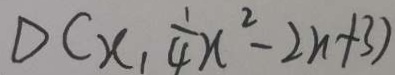
D C x , \frac { 1 } { 4 } x ^ { 2 } - 2 n + 3 )